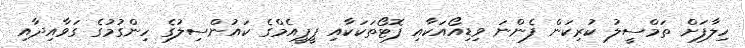
ހިލާފަށް ތަމްސީލު ކުރިކަން ފެންނަ ވިޑިއޯއަކާއި ފޮޓޯތަަކަކާއި ޕީޕީއެމްގެ ކައުންސިލުގެ ހިންގުމުގެ ގަވާއިދާއި